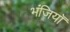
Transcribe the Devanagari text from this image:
भंजियाॅ